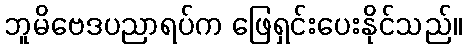
ဘူမိဗေဒပညာရပ်က ဖြေရှင်းပေးနိုင်သည်။